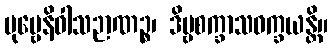
ပုဗ္ဗေနိဝါသဉာဏဉ္စ၊ ဒိဗ္ဗစက္ခာသဝက္ခယန္တိ။